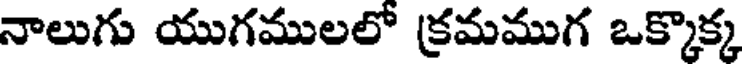
నాలుగు యుగములలో క్రమముగ ఒక్కొక్క